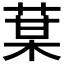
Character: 𦳑